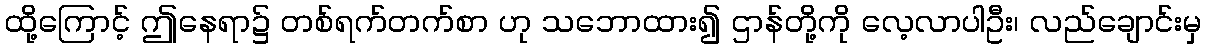
ထို့ကြောင့် ဤနေရာ၌ တစ်ရက်တက်စာ ဟု သဘောထား၍ ဌာန်တို့ကို လေ့လာပါဦး၊ လည်ချောင်းမှ